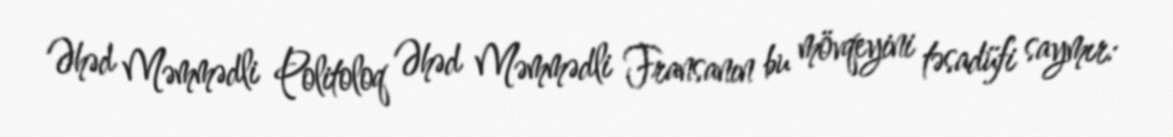
Əhəd Məmmədli Politoloq Əhəd Məmmədli Fransanın bu mövqeyini təsadüfi saymır: